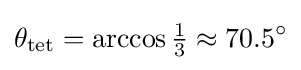
\theta _{\mathrm {tet} }=\arccos {\tfrac {1}{3}}\approx 70.5^{\circ }